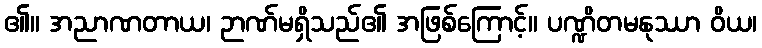
၏။ အညာဏတာယ၊ ဉာဏ်မရှိသည်၏ အဖြစ်ကြောင့်။ ပဏ္ဍိတမနုဿာ ဝိယ၊